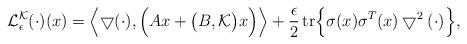
LaTeX: \begin{align*} \mathcal{L}_{\epsilon}^{\mathcal{K}}(\cdot)(x) = \Bigl \langle \bigtriangledown(\cdot), \Bigl(A x + \bigl(B, \mathcal{K}\bigr)x \Bigr) \Bigr\rangle + \frac{\epsilon}{2} \operatorname{tr}\Bigl \{\sigma(x)\sigma^T(x)\bigtriangledown^2(\cdot) \Bigr\}, \end{align*}